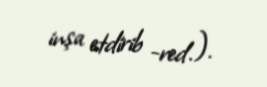
inşa etdirib -red.).